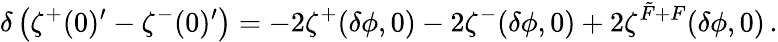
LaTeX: \delta\left(\zeta^{+}(0)^{\prime}-\zeta^{-}(0)^{\prime}\right)=-2\zeta^{+}(\delta\phi,0)-2\zeta^{-}(\delta\phi,0)+2\zeta^{\tilde{F}+F}(\delta\phi,0)\, .